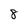
Character: 8